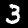
Label: 3